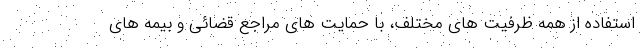
استفاده از همه ظرفیت های مختلف، با حمایت های مراجع قضائی و بیمه های